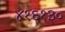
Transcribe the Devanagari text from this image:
४१६१३०